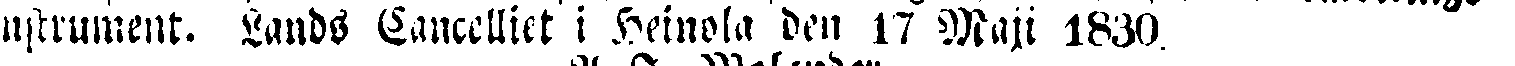
nstrument. Lands Cancelliet i Heinola den 17 Maji 1830